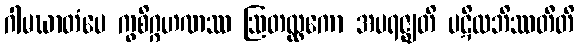
ဂါမဃာတံပေ ကွစိဂ္ဂဟဏဿ ဩတလ္လကော အပရဇ္ဈတိ ပဋိလဘိဿတီတိ